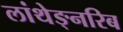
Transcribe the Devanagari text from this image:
लांथेङ्नरिब